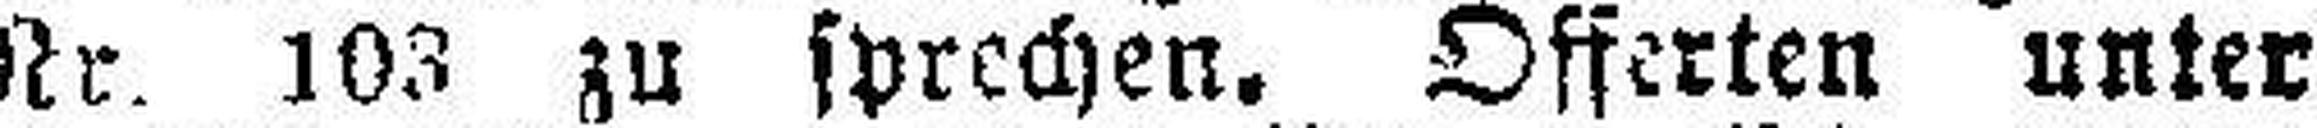
Nr. 103 zu sprechen. Offerten unter